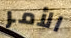
الأمر